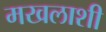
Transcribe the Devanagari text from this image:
मखलाशी